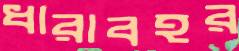
ধারাবহর